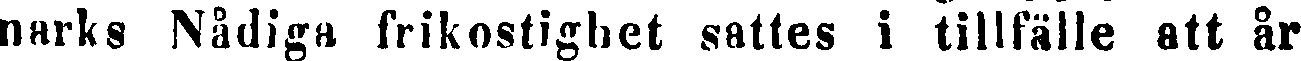
narks Nådiga frikostighet sattes i tillfälle att år